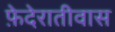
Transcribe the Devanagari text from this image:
फ़ेदेरातीवास